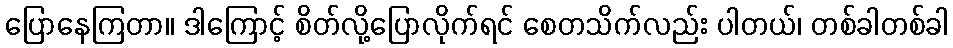
ပြောနေကြတာ။ ဒါကြောင့် စိတ်လို့ပြောလိုက်ရင် စေတသိက်လည်း ပါတယ်၊ တစ်ခါတစ်ခါ